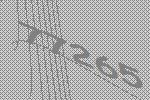
77265